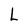
Character: L